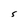
Character: S